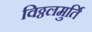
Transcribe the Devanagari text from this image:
विठ्ठलमुर्ति